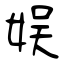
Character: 娱